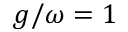
g / \omega = 1